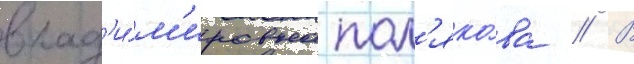
влад'и́м'ировна пол'яко́ва // В